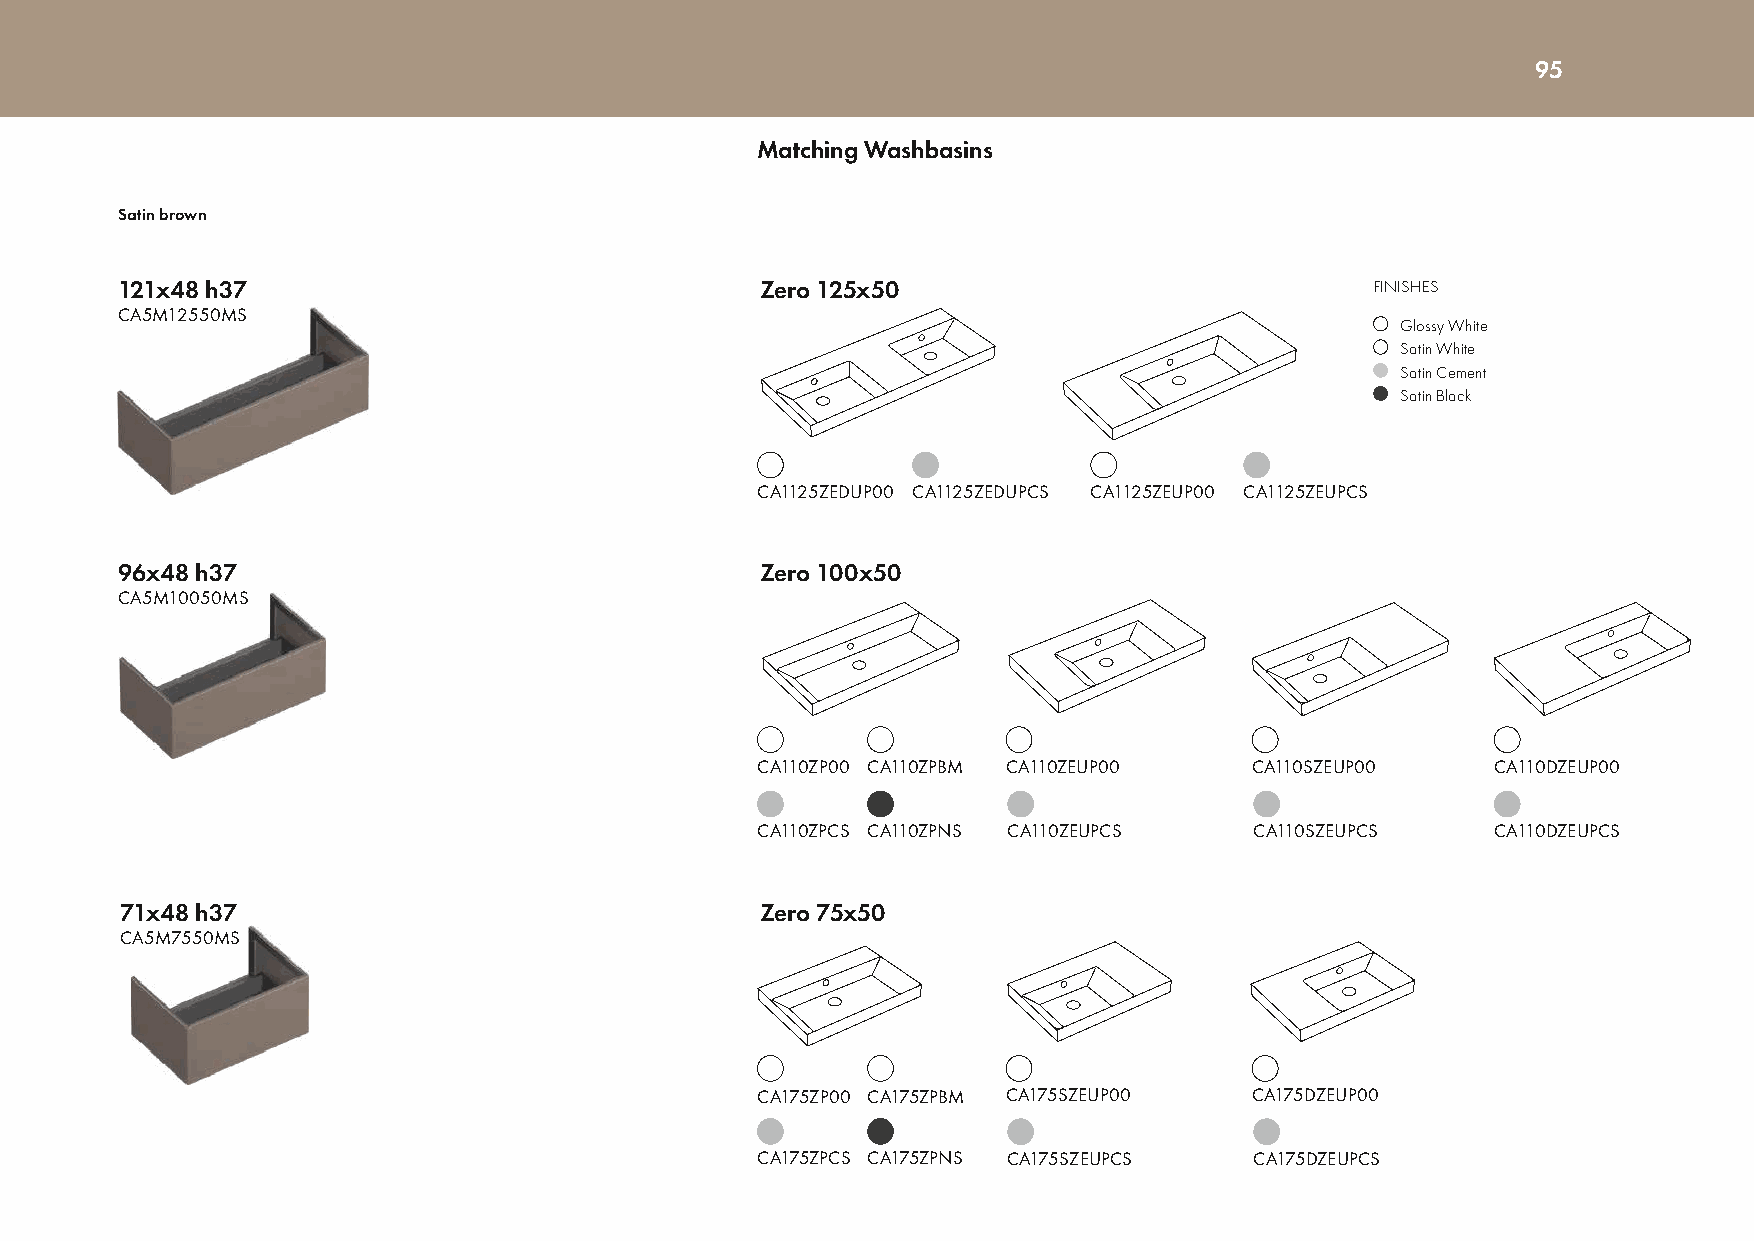
95
 Drawer units                                      Matching Washbasins
 Satin brown
 121x48 h37                                Zero 125x50                              FINISHES
 CA5M12550MS
 Glossy White
 Satin White
 Satin Cement
 Satin Black
 CA1125ZEDUP00 CA1125ZEDUPCS CA1125ZEUP00 CA1125ZEUPCS
 96x48 h37                                 Zero 100x50
 CA5M10050MS
 CA110ZP00 CA110ZPBM CA110ZEUP00  CA110SZEUP00    CA110DZEUP00
 CA110ZPCS CA110ZPNS CA110ZEUPCS  CA110SZEUPCS    CA110DZEUPCS
 71x48 h37                                 Zero 75x50
 CA5M7550MS
 CA175ZP00 CA175ZPBM CA175SZEUP00 CA175DZEUP00
 CA175ZPCS CA175ZPNS CA175SZEUPCS CA175DZEUPCS